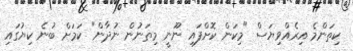
ކިތަންމެ އިރެއްވިޔަސް "މިކަން ކޮށްފައި ނޫނީ މިތަނުން ނުދާން" ކަމަށް ބުނެ ކިޔުގައި